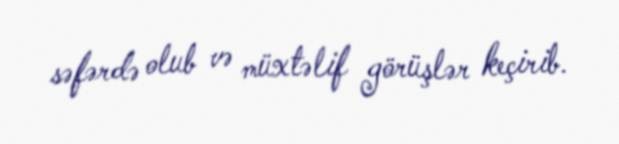
səfərdə olub və müxtəlif görüşlər keçirib.